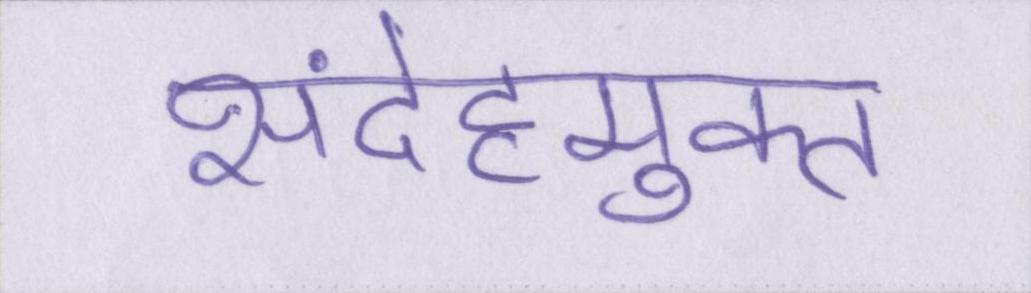
संदेहमुक्त